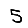
Digit: 5